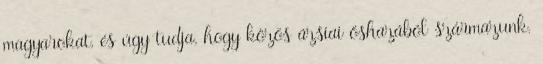
magyarokat, és úgy tudja, hogy közös ázsiai őshazából származunk.